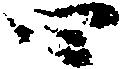
四